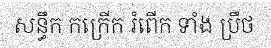
សន្ធឹក កក្រើក រំពើក ទាំង ប្រឹថ